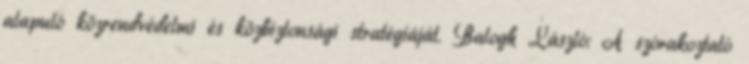
alapuló közrendvédelmi és közbiztonsági stratégiáját. Balogh László: A szórakoztató